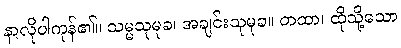
နာလိုပါကုန်၏။ သမ္မသုမုခ၊ အချင်းသုမုခ။ တထာ၊ ထိုသို့သော